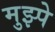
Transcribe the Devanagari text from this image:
मुझ्पे